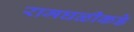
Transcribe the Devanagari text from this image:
रामघळीकडे